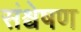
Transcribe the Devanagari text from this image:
संश्वेषण